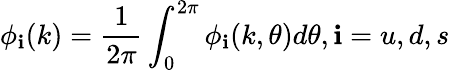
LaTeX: \phi_{\mathbf{i}}(k)=\frac{{1}}{{2\pi}}\int_{0}^{2\pi}\phi_{\mathbf{i}}(k,\theta)d\theta,\mathbf{i}=u,d,s